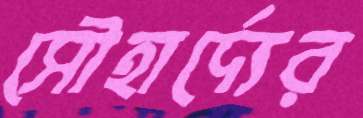
সৌহার্দ্যের